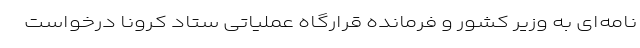
نامه‌ای به وزیر کشور و فرمانده قرارگاه عملیاتی ستاد کرونا درخواست